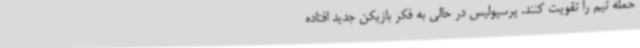
حمله تیم را تقویت کنند. پرسپولیس در حالی به فکر بازیکن جدید افتاده